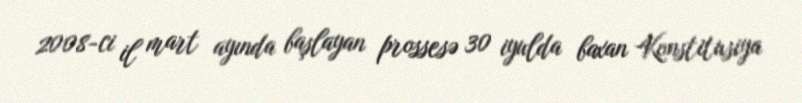
2008-ci il mart ayında başlayan prossesə 30 iyulda baxan Konstitusiya